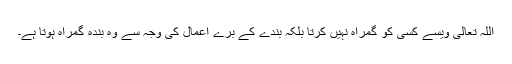
اللہ تعالیٰ ویسے کسی کو گمراہ نہیں کرتا بلکہ بندے کے برے اعمال کی وجہ سے وہ بندہ گمراہ ہوتا ہے۔